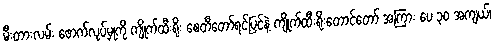
မီးတားလမ်း ဖောက်လုပ်မှုကို ကျိုက်ထီးရိုး စေတီတော်ရင်ပြင်နဲ့ ကျိုက်ထီးရိုးတောင်တော် အကြား ပေ ၃၀ အကျယ်၊